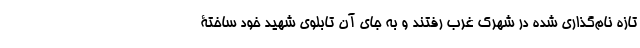
تازه نام‌گذاری شده در شهرک غرب رفتند و به جای آن تابلوی شهید خود ساختۀ